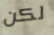
لكن